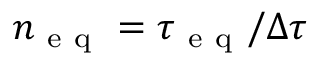
n _ { \mathrm { ~ e ~ q ~ } } = \tau _ { \mathrm { ~ e ~ q ~ } } / \Delta \tau